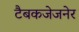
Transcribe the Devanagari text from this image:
टैबकजेजनेर